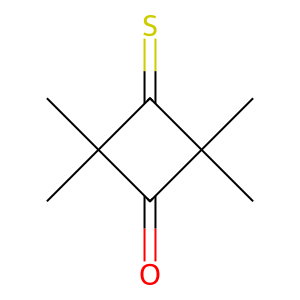
SMILES: CC1(C)C(=O)C(C)(C)C1=S
Inhibits HIV replication: No